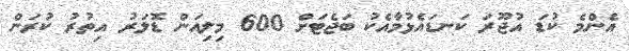
އެންމެ ކުޑަ އުޖޫރަ ކަނޑައެޅުމާއެކު ބަޖެޓަށް 600 މިލިއަން ޑޮލަރު އިތުރު ކުރަން